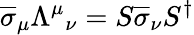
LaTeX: {\overline{{\sigma}}}_{\mu}{\Lambda^{\mu}}_{\nu}=S{\overline{{\sigma}}}_{\nu}S^{\dagger}